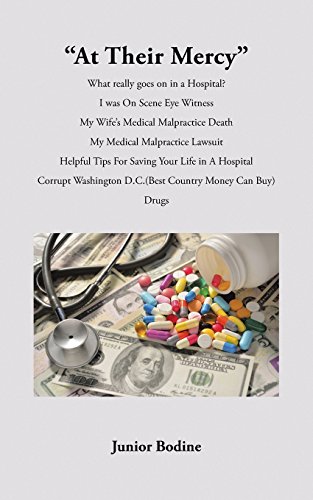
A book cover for "At Their Mercy"; Junior Bodine; Law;